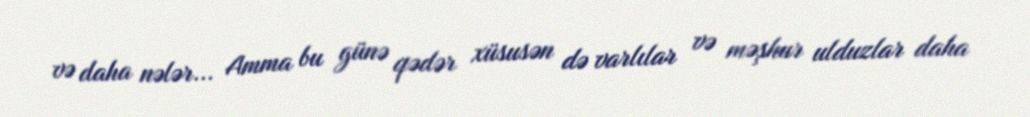
və daha nələr... Amma bu günə qədər xüsusən də varlılar və məşhur ulduzlar daha